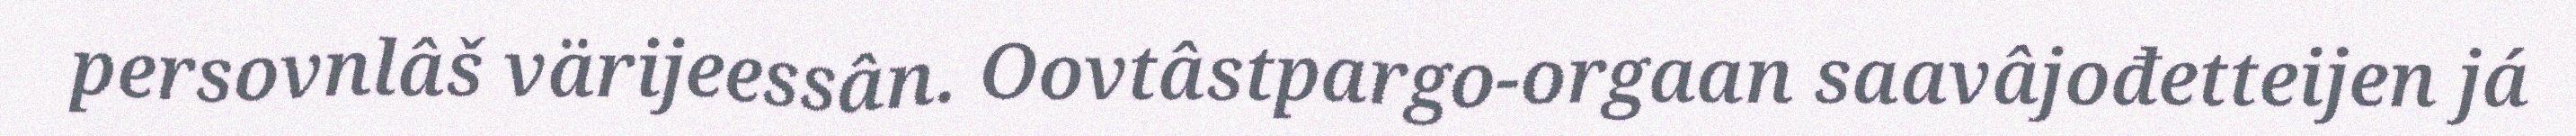
persovnlâš värijeessân. Oovtâstpargo-orgaan saavâjođetteijen já